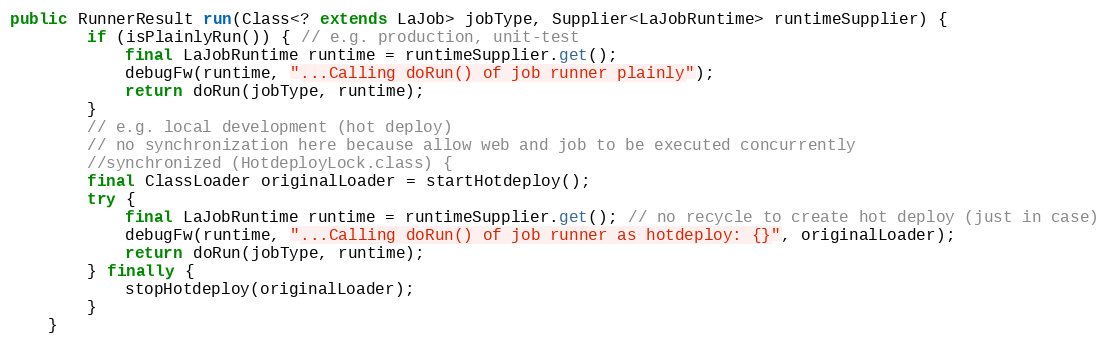
Language: Java
public RunnerResult run(Class<? extends LaJob> jobType, Supplier<LaJobRuntime> runtimeSupplier) {
        if (isPlainlyRun()) { // e.g. production, unit-test
            final LaJobRuntime runtime = runtimeSupplier.get();
            debugFw(runtime, "...Calling doRun() of job runner plainly");
            return doRun(jobType, runtime);
        }
        // e.g. local development (hot deploy)
        // no synchronization here because allow web and job to be executed concurrently
        //synchronized (HotdeployLock.class) {
        final ClassLoader originalLoader = startHotdeploy();
        try {
            final LaJobRuntime runtime = runtimeSupplier.get(); // no recycle to create hot deploy (just in case)
            debugFw(runtime, "...Calling doRun() of job runner as hotdeploy: {}", originalLoader);
            return doRun(jobType, runtime);
        } finally {
            stopHotdeploy(originalLoader);
        }
    }